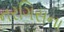
નરગિસના